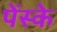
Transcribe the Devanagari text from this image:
पेंस्के